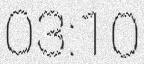
03:10